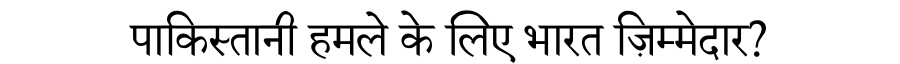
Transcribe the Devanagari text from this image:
पाकिस्तानी हमले के लिए भारत ज़िम्मेदार?